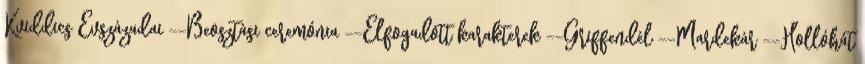
Kviddics Évszázadai --Beosztási ceremónia --Elfogadott karakterek --Griffendél --Mardekár --Hollóhát